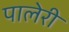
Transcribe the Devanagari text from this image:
पालेरी